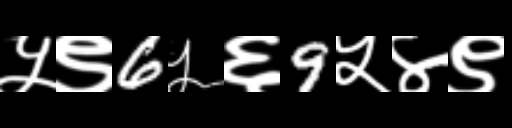
Text: ५९6५६9५४९